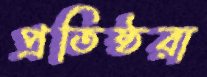
প্রতিষ্ঠরা